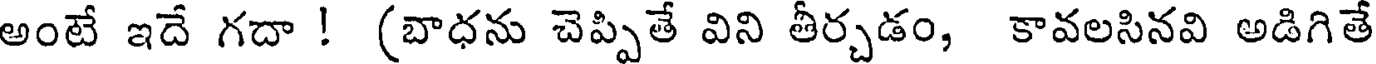
అంటే ఇదే గదా ! (బాధను చెప్పితే విని తీర్చడం, కావలసినవి అడిగితే